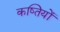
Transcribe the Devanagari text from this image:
कष्तियों